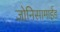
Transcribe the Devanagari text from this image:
ज़ोनिसामाईड